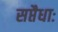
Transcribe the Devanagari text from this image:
सप्तैधाः